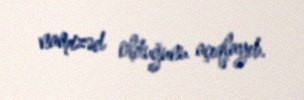
namizəd olduğunu açıqlayıb.